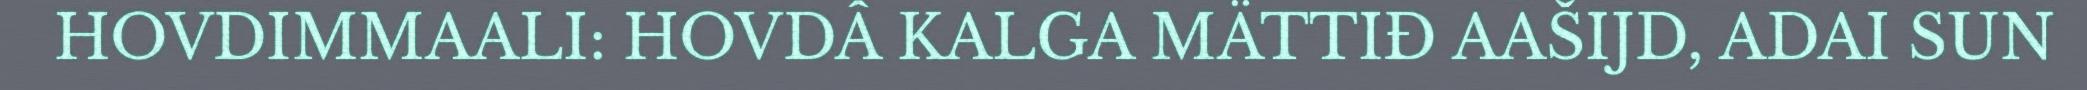
HOVDIMMAALI: HOVDÂ KALGA MÄTTIĐ AAŠIJD, ADAI SUN